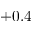
\pm 0 . 4